Report of the Indian Hemp Drugs Commission, 1894-1895 - Volume IV
Year: 1894
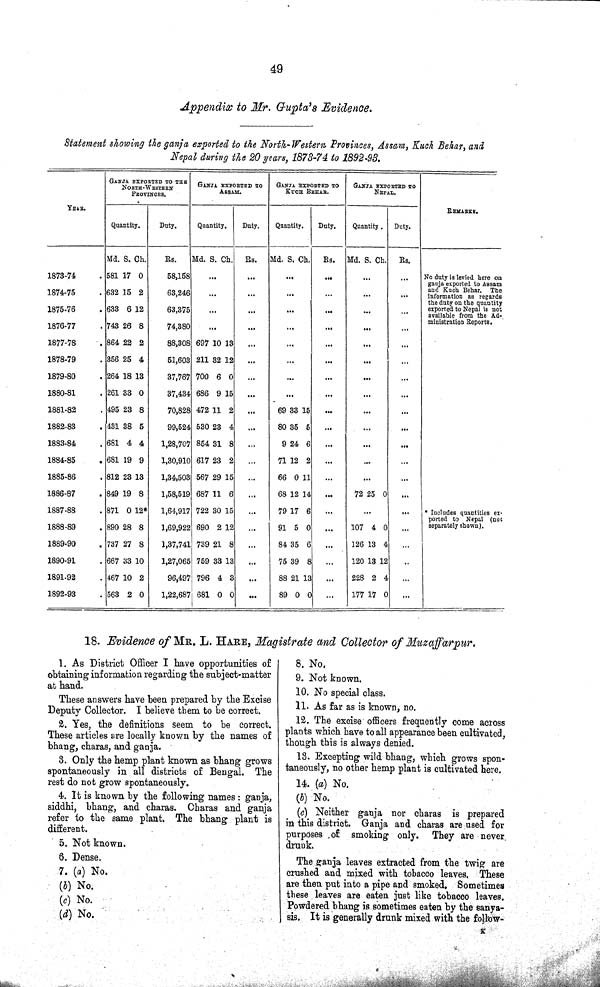
49
Appendix to Mr. Gupta's Evidence.
Statement showing the ganja exported to the North-Western Provinces, Assam, Kuch Behar, and
Nepal during the 20 years, 1873-74 to 1892-93.
GANJA EXPORTED TO THE
NORTH-WESTERN
PROVINCES.
GANJA EXPORTED TO
ASSAM.
GANJA EXPORTED TO
KUCE
BEHAR.
GANJA EXPORTED TO
NEPAL.
YEAR.
REMARKS.
Quantity.
Duty.
Quantity.
Duty.
Quantity.
Duty.
Quantity.
Duty.
Md. S. Ch.
Rs.
Md. S. Ch. Rs. Md. S. Ch. Rs. Md. S. Ch. Rs.
1878-74
581 17 0
58,158
No duty is levied here on
ganja exported to Assam
and Kuch Behar. The
information as regards
the duty on the quantity
exported to Nepal is not
available from the Ad-
ministration Reports.
* Includes quantities ex-
ported to Nepal (not
separately shown).
1874-75
632 15 2
63,246
No duty is levied here on
ganja exported to Assam
and Kuch Behar. The
information as regards
the duty on the quantity
exported to Nepal is not
available from the Ad-
ministration Reports.
* Includes quantities ex-
ported to Nepal (not
separately shown).
1875-76
633 6 12
63,375
No duty is levied here on
ganja exported to Assam
and Kuch Behar. The
information as regards
the duty on the quantity
exported to Nepal is not
available from the Ad-
ministration Reports.
* Includes quantities ex-
ported to Nepal (not
separately shown).
1876-77
743 26 8
74,380
No duty is levied here on
ganja exported to Assam
and Kuch Behar. The
information as regards
the duty on the quantity
exported to Nepal is not
available from the Ad-
ministration Reports.
* Includes quantities ex-
ported to Nepal (not
separately shown).
1877-78
864 22 2
88,308 697 10 13
No duty is levied here on
ganja exported to Assam
and Kuch Behar. The
information as regards
the duty on the quantity
exported to Nepal is not
available from the Ad-
ministration Reports.
* Includes quantities ex-
ported to Nepal (not
separately shown).
1878-79
356 25 4
51,603 211 32 12
No duty is levied here on
ganja exported to Assam
and Kuch Behar. The
information as regards
the duty on the quantity
exported to Nepal is not
available from the Ad-
ministration Reports.
* Includes quantities ex-
ported to Nepal (not
separately shown).
1879-80
264 18 13
37,767 700 6 0
No duty is levied here on
ganja exported to Assam
and Kuch Behar. The
information as regards
the duty on the quantity
exported to Nepal is not
available from the Ad-
ministration Reports.
* Includes quantities ex-
ported to Nepal (not
separately shown).
1880-81
261 33 0
37,434 686 9 15
No duty is levied here on
ganja exported to Assam
and Kuch Behar. The
information as regards
the duty on the quantity
exported to Nepal is not
available from the Ad-
ministration Reports.
* Includes quantities ex-
ported to Nepal (not
separately shown).
1881-82
495 23 8
70,828 472 11 2
69 33 15
No duty is levied here on
ganja exported to Assam
and Kuch Behar. The
information as regards
the duty on the quantity
exported to Nepal is not
available from the Ad-
ministration Reports.
* Includes quantities ex-
ported to Nepal (not
separately shown).
1882-83
431 38 5
99,524 530 23 4
80 35 5
No duty is levied here on
ganja exported to Assam
and Kuch Behar. The
information as regards
the duty on the quantity
exported to Nepal is not
available from the Ad-
ministration Reports.
* Includes quantities ex-
ported to Nepal (not
separately shown).
1883-84
681 4 4
1,28,707 854 31 8
9 24 6
No duty is levied here on
ganja exported to Assam
and Kuch Behar. The
information as regards
the duty on the quantity
exported to Nepal is not
available from the Ad-
ministration Reports.
* Includes quantities ex-
ported to Nepal (not
separately shown).
1884-85
681 19 9
1,30,910 617 23 2
71 12 2
No duty is levied here on
ganja exported to Assam
and Kuch Behar. The
information as regards
the duty on the quantity
exported to Nepal is not
available from the Ad-
ministration Reports.
* Includes quantities ex-
ported to Nepal (not
separately shown).
1885-86
812 23 13
1,34,503 567 29 15
66 0 11
No duty is levied here on
ganja exported to Assam
and Kuch Behar. The
information as regards
the duty on the quantity
exported to Nepal is not
available from the Ad-
ministration Reports.
* Includes quantities ex-
ported to Nepal (not
separately shown).
1886-87
849 19 8
1,58,519 687 11 6
68 12 14
72 25 0
No duty is levied here on
ganja exported to Assam
and Kuch Behar. The
information as regards
the duty on the quantity
exported to Nepal is not
available from the Ad-
ministration Reports.
* Includes quantities ex-
ported to Nepal (not
separately shown).
1887-88
871 0 12*
1,64,917 722 30 15
79 17 6
No duty is levied here on
ganja exported to Assam
and Kuch Behar. The
information as regards
the duty on the quantity
exported to Nepal is not
available from the Ad-
ministration Reports.
* Includes quantities ex-
ported to Nepal (not
separately shown).
1888-89
890 28 8
1,69,922 690 2 12
91 5 0
107 4 0
No duty is levied here on
ganja exported to Assam
and Kuch Behar. The
information as regards
the duty on the quantity
exported to Nepal is not
available from the Ad-
ministration Reports.
* Includes quantities ex-
ported to Nepal (not
separately shown).
1889-90
737 27 8
1,37,741 739 21 8
84 35 6
126 13 4
No duty is levied here on
ganja exported to Assam
and Kuch Behar. The
information as regards
the duty on the quantity
exported to Nepal is not
available from the Ad-
ministration Reports.
* Includes quantities ex-
ported to Nepal (not
separately shown).
1890-91
667 33 10
1,27,065 759 33 13
75 39 8
120 13 12
No duty is levied here on
ganja exported to Assam
and Kuch Behar. The
information as regards
the duty on the quantity
exported to Nepal is not
available from the Ad-
ministration Reports.
* Includes quantities ex-
ported to Nepal (not
separately shown).
1891-92
467 10 2
96,497 796 4 3
88 21 13
228 2 4
No duty is levied here on
ganja exported to Assam
and Kuch Behar. The
information as regards
the duty on the quantity
exported to Nepal is not
available from the Ad-
ministration Reports.
* Includes quantities ex-
ported to Nepal (not
separately shown).
1892-93
563 2 0
1,22,687 681 0 0
89 0 0
177 17 0
No duty is levied here on
ganja exported to Assam
and Kuch Behar. The
information as regards
the duty on the quantity
exported to Nepal is not
available from the Ad-
ministration Reports.
* Includes quantities ex-
ported to Nepal (not
separately shown).
18. Evidence of MR. L. HARE, Magistrate and Collector of Muzaffarpur.
1. As District Officer I have opportunities of
obtaining information regarding the subject-matter
at hand.
These answers have been prepared by the Excise
Deputy Collector. I believe them to be correct.
2. Yes, the definitions seem to be correct.
These articles are locally known by the names of
bhang, charas, and ganja.
3. Only the hemp plant known as bhang grows
spontaneously in all districts of Bengal, The
rest do not grow spontaneously.
4. It is known by the following names: ganja,
siddhi, bhang, and charas. Charas and ganja
refer to the same plant. The bhang plant is
different.
5. Not known.
6. Dense.
7. (a) No.
(b) No.
(c) No.
(d) No.
8. No.
9. Not known.
10. No special class.
11. As far as is known, no.
12. The excise officers frequently come across
plants which have to all appearance been cultivated,
though this is always denied.
13. Excepting wild bhang, which grows spon-
taneously, no other hemp plant is cultivated here.
14. (a) No.
(b) No.
(c) Neither ganja nor charas is prepared
in this district. Ganja and charas are used for
purposes of smoking only. They are never
drunk.
The ganja leaves extracted from the twig are
crushed and mixed with tobacco leaves. These
are then put into a pipe and smoked. Sometimes
these leaves are eaten just like tobacco leaves.
Powdered bhang is sometimes eaten by the sanya-
sis. It is generally drunk mixed with the follow-
K